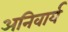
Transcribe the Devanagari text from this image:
अनिवार्य